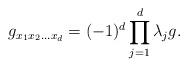
LaTeX: \begin{align*} g_{x_1x_2\ldots x_d} =(-1)^d \prod_{j=1}^d \lambda _j g.\end{align*}